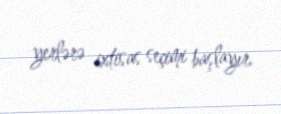
yerlərə ixtisas seçimi başlayır.